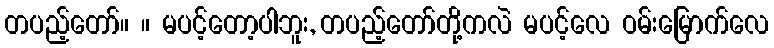
တပည့်တော်။ ။ မပင့်တော့ပါဘူး, တပည့်တော်တို့ကလဲ မပင့်လေ ဝမ်းမြောက်လေ